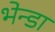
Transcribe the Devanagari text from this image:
भेन्डा